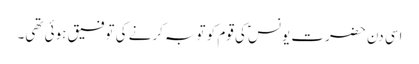
اسی دن حضرت یونسؑ کی قوم کو توبہ کرنے کی توفیق ہوئی تھی۔